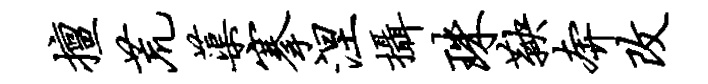
擅荒蕖搴涅摄珠鞅奔改